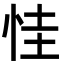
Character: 㤬